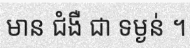
មាន ជំងឺ ជា ទម្ងន់ ។